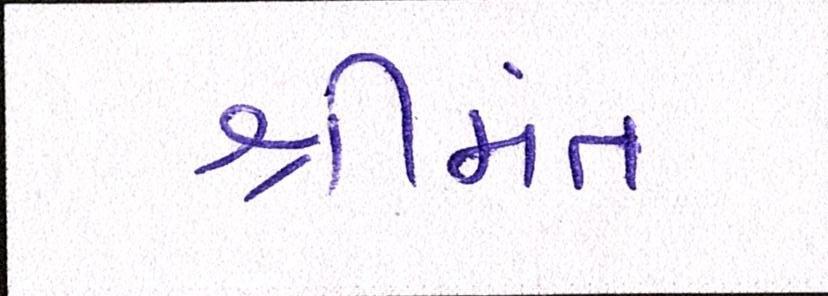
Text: શ્રીમંત